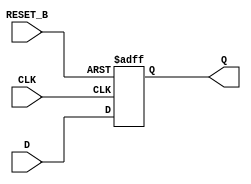
module p_ff (
    D,
    Q,
    RESET_B,
    CLK);

    input [0:0] D;
    input [0:0] CLK;
    input [0:0] RESET_B;
    output reg [0:0] Q;

    always @(posedge CLK or posedge RESET_B) begin
        if (RESET_B)
            Q <= 0;
        else
            Q <= D;
    end

/*
    sky130_fd_sc_hd__dfrtp_1 #() dff (
        .Q(Q),
        .CLK(CLK),
        .D(D),
        .RESET_B(reset)
    );
*/
endmodule


module p_ccff (
    D,
    Q,
    CLK);

    input [0:0] D;
    input [0:0] CLK;
    output reg [0:0] Q;

    always @(posedge CLK) begin
            Q <= D;
    end
/*
    sky130_fd_sc_hd__dfxtp_1 #() ccff (
        .Q(Q),
        .CLK(CLK),
        .D(D)
    );
*/
endmodule


module p_mux ( X, A0, A1, S);

    input [0:0] A1;
    input [0:0] A0;
    input [0:0] S;
    output [0:0] X;

    assign X = S ? A1 : A0;

/*
    sky130_fd_sc_hd__mux2_1 #() mux (
        .X(X),
        .A0(A0),
        .A1(A1),
        .S(S)
    );
*/
endmodule


module p_invert (Y, A);

    input [0:0] A;
    output [0:0] Y;

    assign Y = !A;
/*
    sky130_fd_sc_hd__inv_1 #() invert (
        .Y(Y),
        .A(A)
    );
*/
endmodule

module p_buf (X, A);
    input [0:0] A;
    output [0:0] X;

    assign X = A;
/*
    sky130_fd_sc_hd__buf_4 #() buf (
        .X(X),
        .A(A)
    );
*/
endmodule